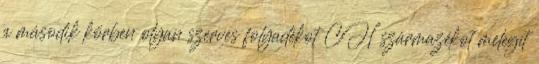
a második körben olyan szerves folyadékot CH származékot melegít